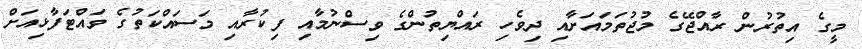
މީގެ އިތުރުން ރާއްޖޭގެ މުޖުތަމައަށާއި ދިވެހި ރައްޔިތުންގެ ވިސްނުމާއި ފިކުރާއި މަސައްކަތުގެ ވައްޓަފާޅިއަށް